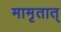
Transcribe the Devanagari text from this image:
मामृतात्